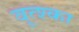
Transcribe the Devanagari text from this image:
वूत्श्का